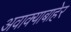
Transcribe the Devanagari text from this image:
अवाक्याबाहेर